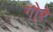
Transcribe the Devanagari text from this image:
गो्रे